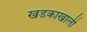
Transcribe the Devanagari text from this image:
खडकाखाली